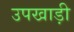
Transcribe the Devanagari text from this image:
उपखाड़ी